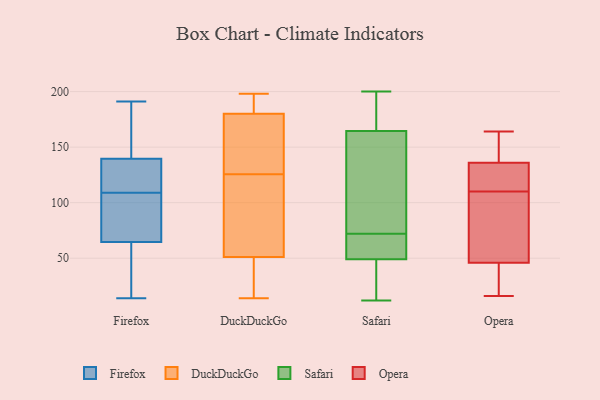
{"axis": {"x": "Net Income (USD K)", "y": "Value"}, "legend": ["DuckDuckGo", "Firefox", "Opera", "Safari"], "data": [{"x": "", "y": 132, "type": "Firefox"}, {"x": "", "y": 129, "type": "Firefox"}, {"x": "", "y": 173, "type": "Firefox"}, {"x": "", "y": 68, "type": "Firefox"}, {"x": "", "y": 53, "type": "Firefox"}, {"x": "", "y": 126, "type": "Firefox"}, {"x": "", "y": 171, "type": "Firefox"}, {"x": "", "y": 138, "type": "Firefox"}, {"x": "", "y": 191, "type": "Firefox"}, {"x": "", "y": 144, "type": "Firefox"}, {"x": "", "y": 109, "type": "Firefox"}, {"x": "", "y": 73, "type": "Firefox"}, {"x": "", "y": 72, "type": "Firefox"}, {"x": "", "y": 54, "type": "Firefox"}, {"x": "", "y": 73, "type": "Firefox"}, {"x": "", "y": 14, "type": "Firefox"}, {"x": "", "y": 33, "type": "Firefox"}, {"x": "", "y": 193, "type": "DuckDuckGo"}, {"x": "", "y": 40, "type": "DuckDuckGo"}, {"x": "", "y": 198, "type": "DuckDuckGo"}, {"x": "", "y": 83, "type": "DuckDuckGo"}, {"x": "", "y": 167, "type": "DuckDuckGo"}, {"x": "", "y": 62, "type": "DuckDuckGo"}, {"x": "", "y": 99, "type": "DuckDuckGo"}, {"x": "", "y": 14, "type": "DuckDuckGo"}, {"x": "", "y": 181, "type": "DuckDuckGo"}, {"x": "", "y": 172, "type": "DuckDuckGo"}, {"x": "", "y": 179, "type": "DuckDuckGo"}, {"x": "", "y": 152, "type": "DuckDuckGo"}, {"x": "", "y": 36, "type": "DuckDuckGo"}, {"x": "", "y": 31, "type": "DuckDuckGo"}, {"x": "", "y": 74, "type": "DuckDuckGo"}, {"x": "", "y": 195, "type": "DuckDuckGo"}, {"x": "", "y": 73, "type": "Safari"}, {"x": "", "y": 64, "type": "Safari"}, {"x": "", "y": 58, "type": "Safari"}, {"x": "", "y": 16, "type": "Safari"}, {"x": "", "y": 184, "type": "Safari"}, {"x": "", "y": 200, "type": "Safari"}, {"x": "", "y": 72, "type": "Safari"}, {"x": "", "y": 46, "type": "Safari"}, {"x": "", "y": 118, "type": "Safari"}, {"x": "", "y": 180, "type": "Safari"}, {"x": "", "y": 12, "type": "Safari"}, {"x": "", "y": 140, "type": "Opera"}, {"x": "", "y": 68, "type": "Opera"}, {"x": "", "y": 104, "type": "Opera"}, {"x": "", "y": 122, "type": "Opera"}, {"x": "", "y": 22, "type": "Opera"}, {"x": "", "y": 126, "type": "Opera"}, {"x": "", "y": 140, "type": "Opera"}, {"x": "", "y": 119, "type": "Opera"}, {"x": "", "y": 116, "type": "Opera"}, {"x": "", "y": 103, "type": "Opera"}, {"x": "", "y": 153, "type": "Opera"}, {"x": "", "y": 45, "type": "Opera"}, {"x": "", "y": 136, "type": "Opera"}, {"x": "", "y": 79, "type": "Opera"}, {"x": "", "y": 46, "type": "Opera"}, {"x": "", "y": 24, "type": "Opera"}, {"x": "", "y": 164, "type": "Opera"}, {"x": "", "y": 16, "type": "Opera"}]}